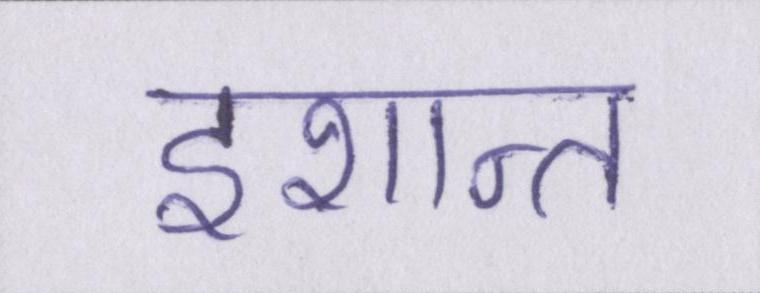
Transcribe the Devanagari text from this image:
इशान्त